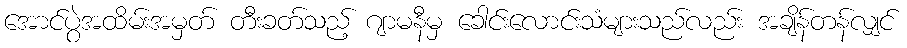
အောင်ပွဲအထိမ်းအမှတ် တီးခတ်သည့် ဂျာမနီမှ ခေါင်းလောင်းသံများသည်လည်း အချိန်တန်လျှင်